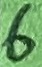
Text: 6